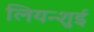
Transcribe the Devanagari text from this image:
लियन्शुई